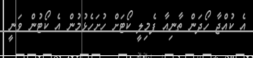
އެ ކުއްޖާ ހޯދަން ތާނިއާ ފެމިލީ ކޯޓަށް ހުށަހެޅުމުން އެ ކޯޓުން ވަނީ